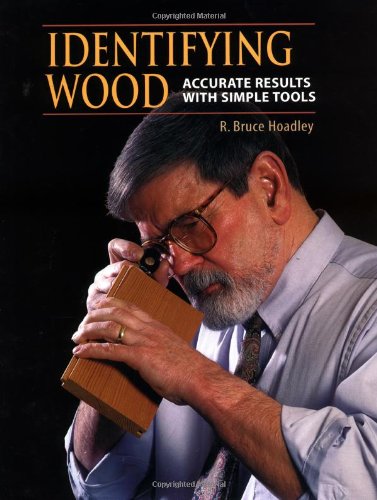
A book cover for Identifying Wood: Accurate Results With Simple Tools; R. Bruce Hoadley; Science & Math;